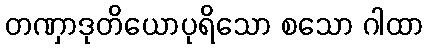
တဏှာဒုတိယောပုရိသော စသော ဂါထာ